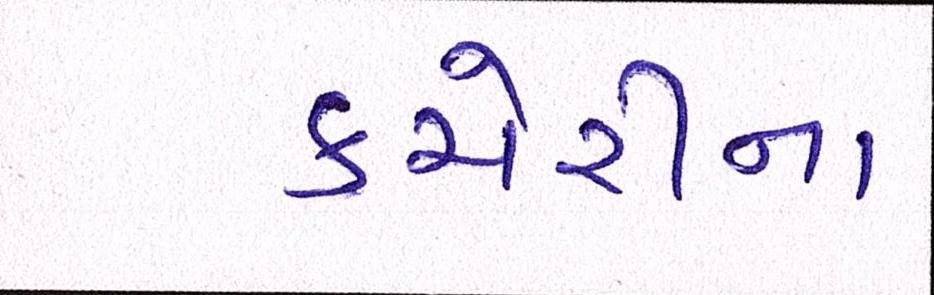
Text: કચેરીના